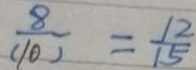
\frac { 8 } { ( 1 0 ) } = \frac { 1 2 } { 1 5 }